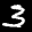
Label: 3